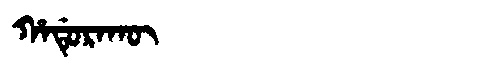
Manchu: ᡥᠠᡩᡠᡵᠠᡴᡡ
Romanization: HADURAKŪ